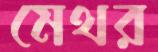
মেথর